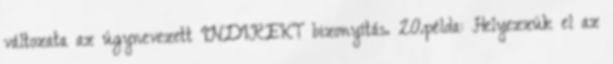
változata az úgynevezett INDIREKT bizonyítás. 20.példa: Helyezzük el az